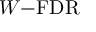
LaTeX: W { \mathrm { - F D R } }